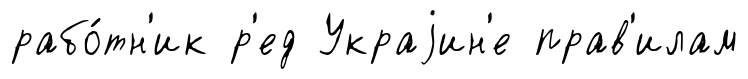
рабо́тн'ик р'ед Украjин'е прав'илам